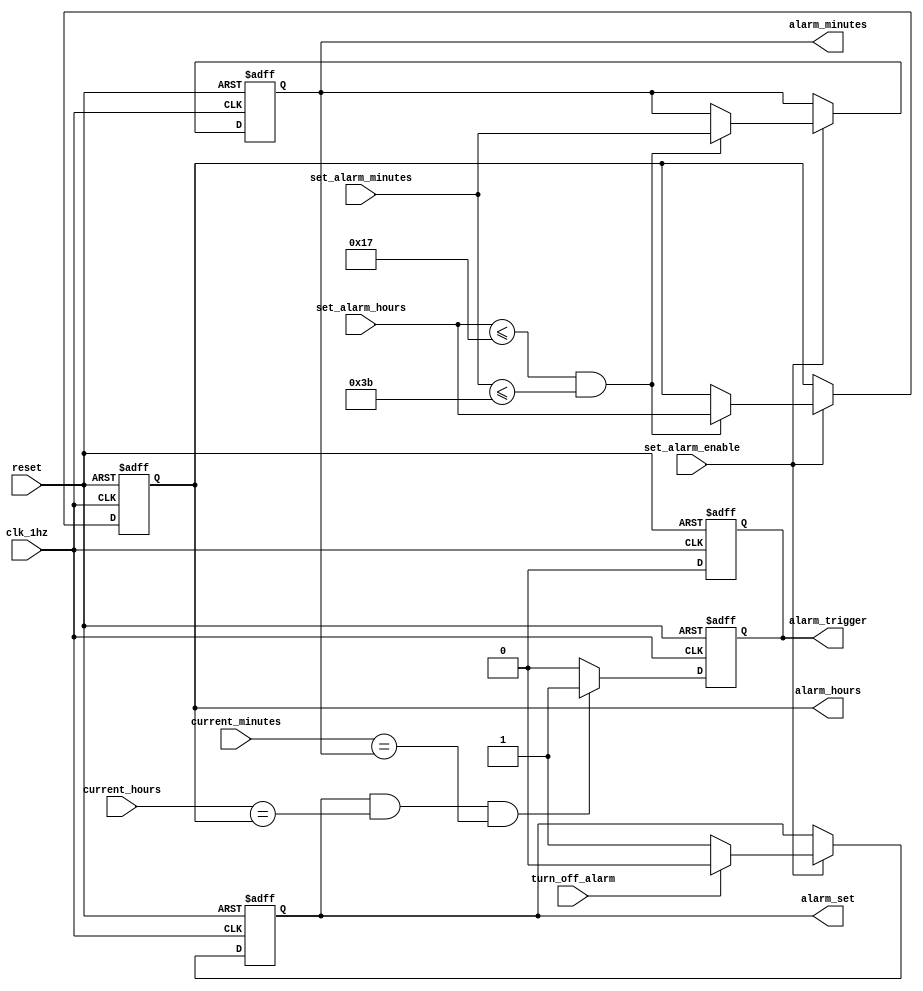
`timescale 1ns / 1ps

module alarm(
input wire clk_1hz,
input wire reset,
input wire set_alarm_enable,
input wire [7:0] set_alarm_hours,
input wire [7:0] set_alarm_minutes,
input wire turn_off_alarm,
input wire [7:0] current_hours,
input wire [7:0] current_minutes,
output reg alarm_set,
output reg [7:0] alarm_hours,
output reg [7:0] alarm_minutes,
output reg alarm_trigger 
);

always@(posedge clk_1hz or posedge reset) begin
if(reset) begin
    alarm_set <= 0;
    alarm_hours <= 0;
    alarm_minutes <= 0;
    alarm_trigger <= 0;
    end
else begin
    alarm_trigger <= 0;
    
    if (set_alarm_enable) begin
    alarm_set <= 1; 
        if (set_alarm_hours <=23 && set_alarm_minutes <=59) begin 
            alarm_hours <= set_alarm_hours;
            alarm_minutes <= set_alarm_minutes;
            end
       
          if (turn_off_alarm) begin
            alarm_set <= 0;
            end   
        end   
    end
end

always @(posedge clk_1hz or posedge reset) begin
    if (reset) begin
        alarm_trigger <= 0;
        end
    else begin
        alarm_trigger <= 0;
        if ( alarm_set && (current_hours == alarm_hours) && (current_minutes == alarm_minutes)) begin
            alarm_trigger <= 1;
            end
        end
    end
endmodule